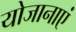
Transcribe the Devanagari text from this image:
योजानाएं